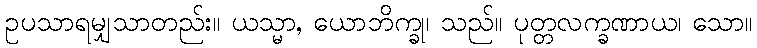
ဥပသာရမျှသာတည်း။ ယသ္မာ, ယောဘိက္ခု၊ သည်။ ပုတ္တလက္ခဏာယ၊ သော။